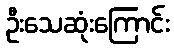
ဦးသေဆုံးကြောင်း